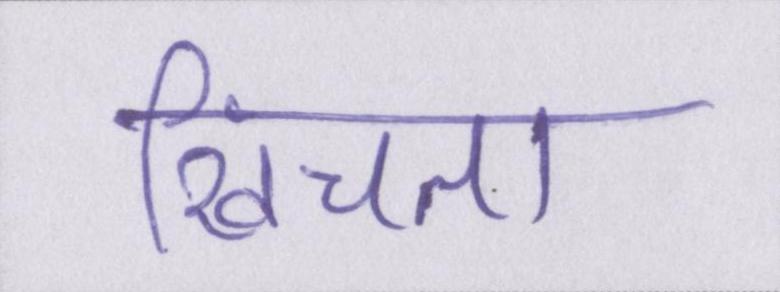
खिंचता